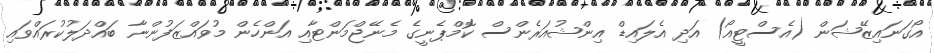
އޯގަނައިޒޭޝަން (އެސްޓީއޯ) އަދި އެލައިޑް އިންޝުއަރެންސް ކޮމްޕެނީގެ މެނޭޖްމަންޓާއި އަންހެން މުވައްޒަފުންނާ ބައްދަލުކުރައްވައި